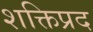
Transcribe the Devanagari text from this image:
शक्तिप्रद